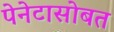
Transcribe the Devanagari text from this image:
पेनेटासोबत